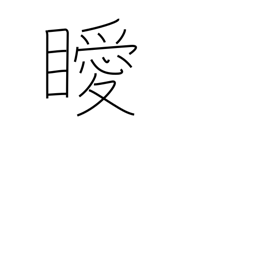
Meaning: unclear